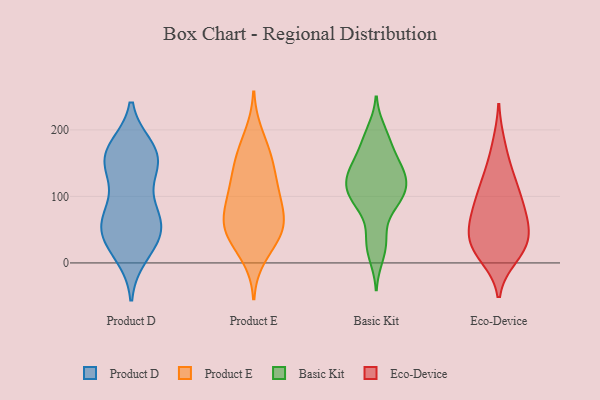
{"axis": {"x": "Churn Rate (%)", "y": "Value"}, "legend": ["Basic Kit", "Eco-Device", "Product D", "Product E"], "data": [{"x": "", "y": 79, "type": "Product D"}, {"x": "", "y": 173, "type": "Product D"}, {"x": "", "y": 151, "type": "Product D"}, {"x": "", "y": 74, "type": "Product D"}, {"x": "", "y": 60, "type": "Product D"}, {"x": "", "y": 43, "type": "Product D"}, {"x": "", "y": 163, "type": "Product D"}, {"x": "", "y": 152, "type": "Product D"}, {"x": "", "y": 146, "type": "Product D"}, {"x": "", "y": 72, "type": "Product D"}, {"x": "", "y": 36, "type": "Product D"}, {"x": "", "y": 173, "type": "Product D"}, {"x": "", "y": 12, "type": "Product D"}, {"x": "", "y": 161, "type": "Product D"}, {"x": "", "y": 58, "type": "Product D"}, {"x": "", "y": 43, "type": "Product D"}, {"x": "", "y": 125, "type": "Product D"}, {"x": "", "y": 20, "type": "Product D"}, {"x": "", "y": 53, "type": "Product E"}, {"x": "", "y": 120, "type": "Product E"}, {"x": "", "y": 10, "type": "Product E"}, {"x": "", "y": 96, "type": "Product E"}, {"x": "", "y": 106, "type": "Product E"}, {"x": "", "y": 46, "type": "Product E"}, {"x": "", "y": 71, "type": "Product E"}, {"x": "", "y": 152, "type": "Product E"}, {"x": "", "y": 193, "type": "Product E"}, {"x": "", "y": 42, "type": "Product E"}, {"x": "", "y": 68, "type": "Product E"}, {"x": "", "y": 165, "type": "Product E"}, {"x": "", "y": 63, "type": "Product E"}, {"x": "", "y": 153, "type": "Product E"}, {"x": "", "y": 112, "type": "Product E"}, {"x": "", "y": 35, "type": "Product E"}, {"x": "", "y": 186, "type": "Basic Kit"}, {"x": "", "y": 136, "type": "Basic Kit"}, {"x": "", "y": 139, "type": "Basic Kit"}, {"x": "", "y": 199, "type": "Basic Kit"}, {"x": "", "y": 96, "type": "Basic Kit"}, {"x": "", "y": 38, "type": "Basic Kit"}, {"x": "", "y": 153, "type": "Basic Kit"}, {"x": "", "y": 120, "type": "Basic Kit"}, {"x": "", "y": 31, "type": "Basic Kit"}, {"x": "", "y": 97, "type": "Basic Kit"}, {"x": "", "y": 125, "type": "Basic Kit"}, {"x": "", "y": 147, "type": "Basic Kit"}, {"x": "", "y": 176, "type": "Basic Kit"}, {"x": "", "y": 89, "type": "Basic Kit"}, {"x": "", "y": 117, "type": "Basic Kit"}, {"x": "", "y": 112, "type": "Basic Kit"}, {"x": "", "y": 86, "type": "Basic Kit"}, {"x": "", "y": 10, "type": "Basic Kit"}, {"x": "", "y": 56, "type": "Eco-Device"}, {"x": "", "y": 120, "type": "Eco-Device"}, {"x": "", "y": 137, "type": "Eco-Device"}, {"x": "", "y": 84, "type": "Eco-Device"}, {"x": "", "y": 53, "type": "Eco-Device"}, {"x": "", "y": 30, "type": "Eco-Device"}, {"x": "", "y": 177, "type": "Eco-Device"}, {"x": "", "y": 20, "type": "Eco-Device"}, {"x": "", "y": 28, "type": "Eco-Device"}, {"x": "", "y": 74, "type": "Eco-Device"}, {"x": "", "y": 81, "type": "Eco-Device"}, {"x": "", "y": 11, "type": "Eco-Device"}, {"x": "", "y": 110, "type": "Eco-Device"}, {"x": "", "y": 26, "type": "Eco-Device"}]}